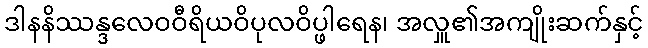
ဒါနနိဿန္ဒလေဝဝီရိယဝိပုလဝိပ္ဖါရေန၊ အလှူ၏အကျိုးဆက်နှင့်